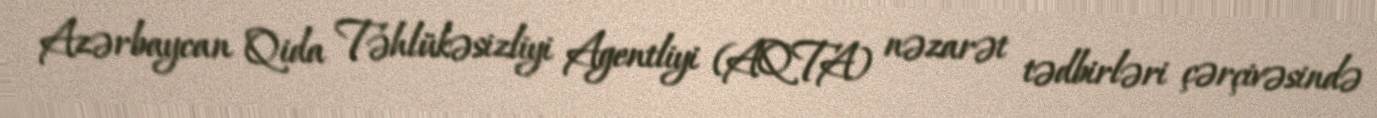
Azərbaycan Qida Təhlükəsizliyi Agentliyi (AQTA) nəzarət tədbirləri çərçivəsində